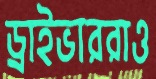
ড্রাইভাররাও